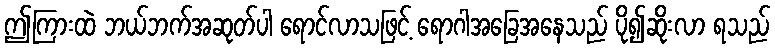
ဤကြားထဲ ဘယ်ဘက်အဆုတ်ပါ ရောင်လာသဖြင့် ရောဂါအခြေအနေသည် ပို၍ဆိုးလာ ရသည်